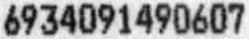
6934091490607